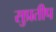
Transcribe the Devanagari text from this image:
सुप्रतीप